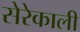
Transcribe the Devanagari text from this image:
सेरेकाली